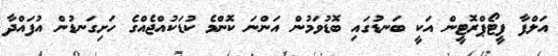
އަލްފާ ފީޓޯޕްރޮޓީން އަކީ ބަނޑުގައި ބޮޑުވަމުން އަންނަ ކޮޮންމެ ކުޑަކުއްޖެއްގެ ހަށިގަނޑުން އުފައްދާ